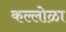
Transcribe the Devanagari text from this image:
कल्लोळा